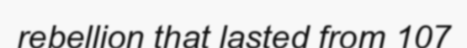
rebellion that lasted from 107